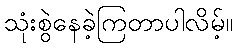
သုံးစွဲနေခဲ့ကြတာပါလိမ့်။